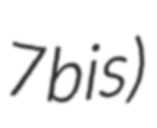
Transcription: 7bis)